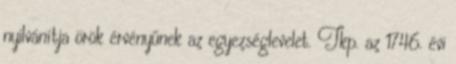
nyilvánítja örök érvényűnek az egyezséglevelet. Tkp. az 1746. évi